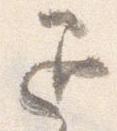
退